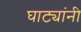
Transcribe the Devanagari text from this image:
घाट्यांनी